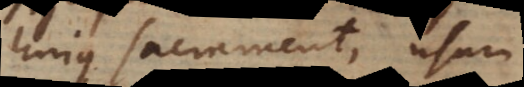
hujus Sacramenti usum